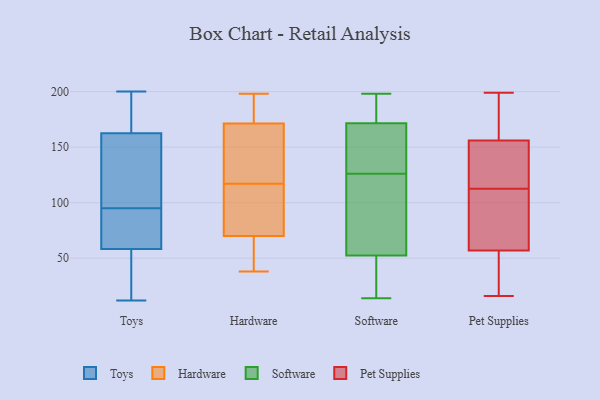
{"axis": {"x": "Production Output", "y": "Value"}, "legend": ["Hardware", "Pet Supplies", "Software", "Toys"], "data": [{"x": "", "y": 65, "type": "Toys"}, {"x": "", "y": 49, "type": "Toys"}, {"x": "", "y": 131, "type": "Toys"}, {"x": "", "y": 77, "type": "Toys"}, {"x": "", "y": 177, "type": "Toys"}, {"x": "", "y": 12, "type": "Toys"}, {"x": "", "y": 173, "type": "Toys"}, {"x": "", "y": 58, "type": "Toys"}, {"x": "", "y": 99, "type": "Toys"}, {"x": "", "y": 37, "type": "Toys"}, {"x": "", "y": 200, "type": "Toys"}, {"x": "", "y": 195, "type": "Toys"}, {"x": "", "y": 108, "type": "Toys"}, {"x": "", "y": 59, "type": "Toys"}, {"x": "", "y": 95, "type": "Toys"}, {"x": "", "y": 168, "type": "Hardware"}, {"x": "", "y": 38, "type": "Hardware"}, {"x": "", "y": 101, "type": "Hardware"}, {"x": "", "y": 42, "type": "Hardware"}, {"x": "", "y": 78, "type": "Hardware"}, {"x": "", "y": 46, "type": "Hardware"}, {"x": "", "y": 198, "type": "Hardware"}, {"x": "", "y": 142, "type": "Hardware"}, {"x": "", "y": 181, "type": "Hardware"}, {"x": "", "y": 183, "type": "Hardware"}, {"x": "", "y": 81, "type": "Hardware"}, {"x": "", "y": 117, "type": "Hardware"}, {"x": "", "y": 126, "type": "Hardware"}, {"x": "", "y": 159, "type": "Software"}, {"x": "", "y": 148, "type": "Software"}, {"x": "", "y": 198, "type": "Software"}, {"x": "", "y": 126, "type": "Software"}, {"x": "", "y": 197, "type": "Software"}, {"x": "", "y": 197, "type": "Software"}, {"x": "", "y": 24, "type": "Software"}, {"x": "", "y": 105, "type": "Software"}, {"x": "", "y": 16, "type": "Software"}, {"x": "", "y": 62, "type": "Software"}, {"x": "", "y": 14, "type": "Software"}, {"x": "", "y": 105, "type": "Software"}, {"x": "", "y": 163, "type": "Software"}, {"x": "", "y": 55, "type": "Pet Supplies"}, {"x": "", "y": 75, "type": "Pet Supplies"}, {"x": "", "y": 199, "type": "Pet Supplies"}, {"x": "", "y": 100, "type": "Pet Supplies"}, {"x": "", "y": 190, "type": "Pet Supplies"}, {"x": "", "y": 100, "type": "Pet Supplies"}, {"x": "", "y": 125, "type": "Pet Supplies"}, {"x": "", "y": 160, "type": "Pet Supplies"}, {"x": "", "y": 179, "type": "Pet Supplies"}, {"x": "", "y": 35, "type": "Pet Supplies"}, {"x": "", "y": 28, "type": "Pet Supplies"}, {"x": "", "y": 144, "type": "Pet Supplies"}, {"x": "", "y": 152, "type": "Pet Supplies"}, {"x": "", "y": 16, "type": "Pet Supplies"}, {"x": "", "y": 128, "type": "Pet Supplies"}, {"x": "", "y": 59, "type": "Pet Supplies"}]}